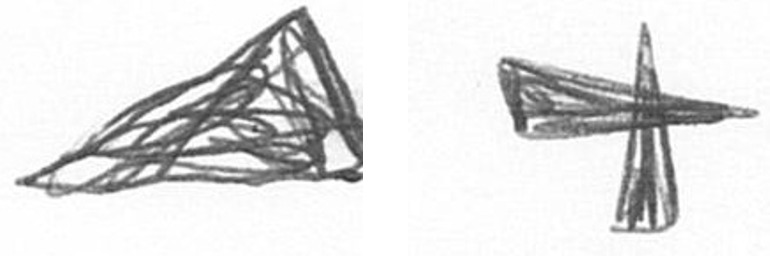
O G